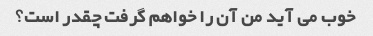
خوب می آید من آن را خواهم گرفت چقدر است؟